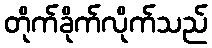
တိုက်ခိုက်လိုက်သည်